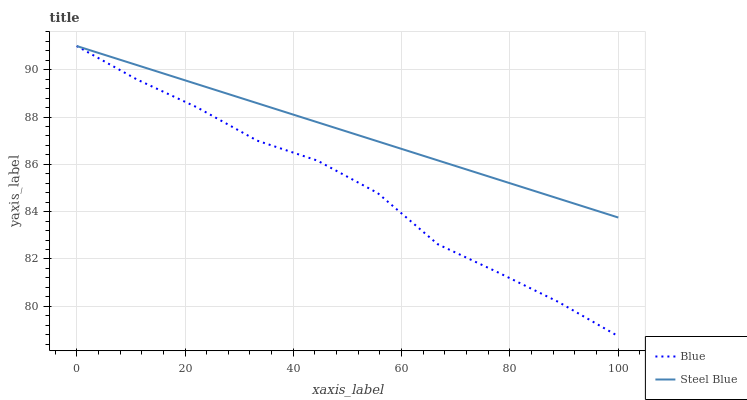
| xaxis_label | Blue | Steel Blue |
 | --- | --- | --- |
 | 0 | 91 | 91 |
 | 11.1 | 89.6 | 90.2 |
 | 22.2 | 88.4 | 89.4 |
 | 33.3 | 87 | 88.6 |
 | 44.4 | 86.2 | 87.8 |
 | 55.6 | 84.8 | 87 |
 | 66.7 | 82.6 | 86.2 |
 | 77.8 | 81.4 | 85.4 |
 | 88.9 | 80.2 | 84.6 |
 | 100 | 78.7 | 83.8 |